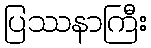
ပြဿနာကြီး